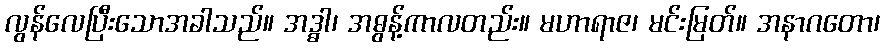
လွန်လေပြီးသောအခါသည်။ အဒ္ဓါ၊ အဓွန့်ကာလတည်း။ မဟာရာဇ၊ မင်းမြတ်။ အနာဂတော၊